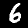
Label: 6